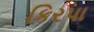
કિરપા